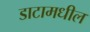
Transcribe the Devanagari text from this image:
डाटामधील